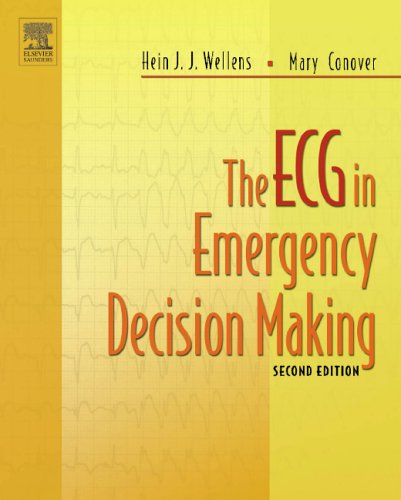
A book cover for The ECG in Emergency Decision Making, 2e; Hein J. J. Wellens MD  PhD; Medical Books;